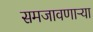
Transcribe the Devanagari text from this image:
समजावणाऱ्या